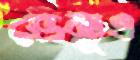
ভেন্যুও